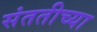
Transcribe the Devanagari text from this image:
संततीच्या